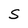
Character: S